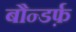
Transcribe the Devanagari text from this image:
बौन्डर्फ़